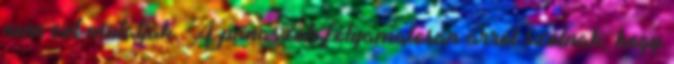
nem ezt mutatják. A panaszok folyamatosan arról szólnak, hogy